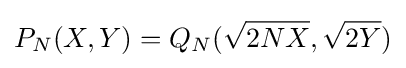
P_{N}(X,Y)=Q_{N}({\sqrt {2NX}},{\sqrt {2Y}})